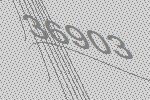
36903